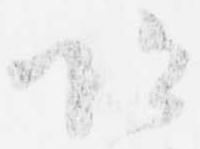
恐